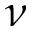
\nu